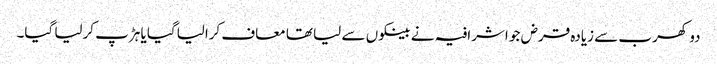
دو کھرب سے زیادہ قرض جو اشرافیہ نے بینکوں سے لیا تھا معاف کرالیاگیا یا ہڑپ کرلیا گیا۔